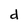
Character: d